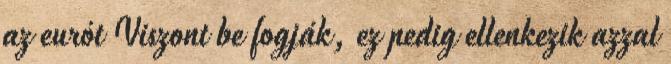
az eurót Viszont be fogják, ez pedig ellenkezik azzal